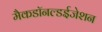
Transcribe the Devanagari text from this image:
मैकडॉनल्डईजेशन